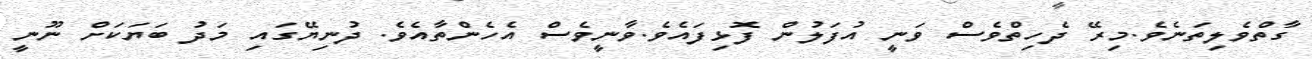
ގާތްވެލިތަނެވެ.މިރޭ ދެހިތްވެސް ވަނީ އުފަލުން ފޮޅިފައެވެ.ވާނީވެސް އެހެންތާއެވެ. ދުނިޔޭގައި މަދު ބަޔަކަށް ނޫނީ